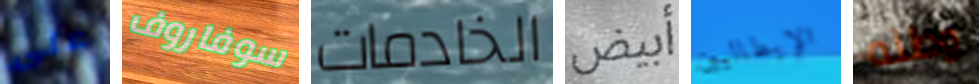
على سوفاروف الخادمات أبيض الإيطاليين وطنه